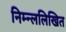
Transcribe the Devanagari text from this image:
निम्न्ललिखित